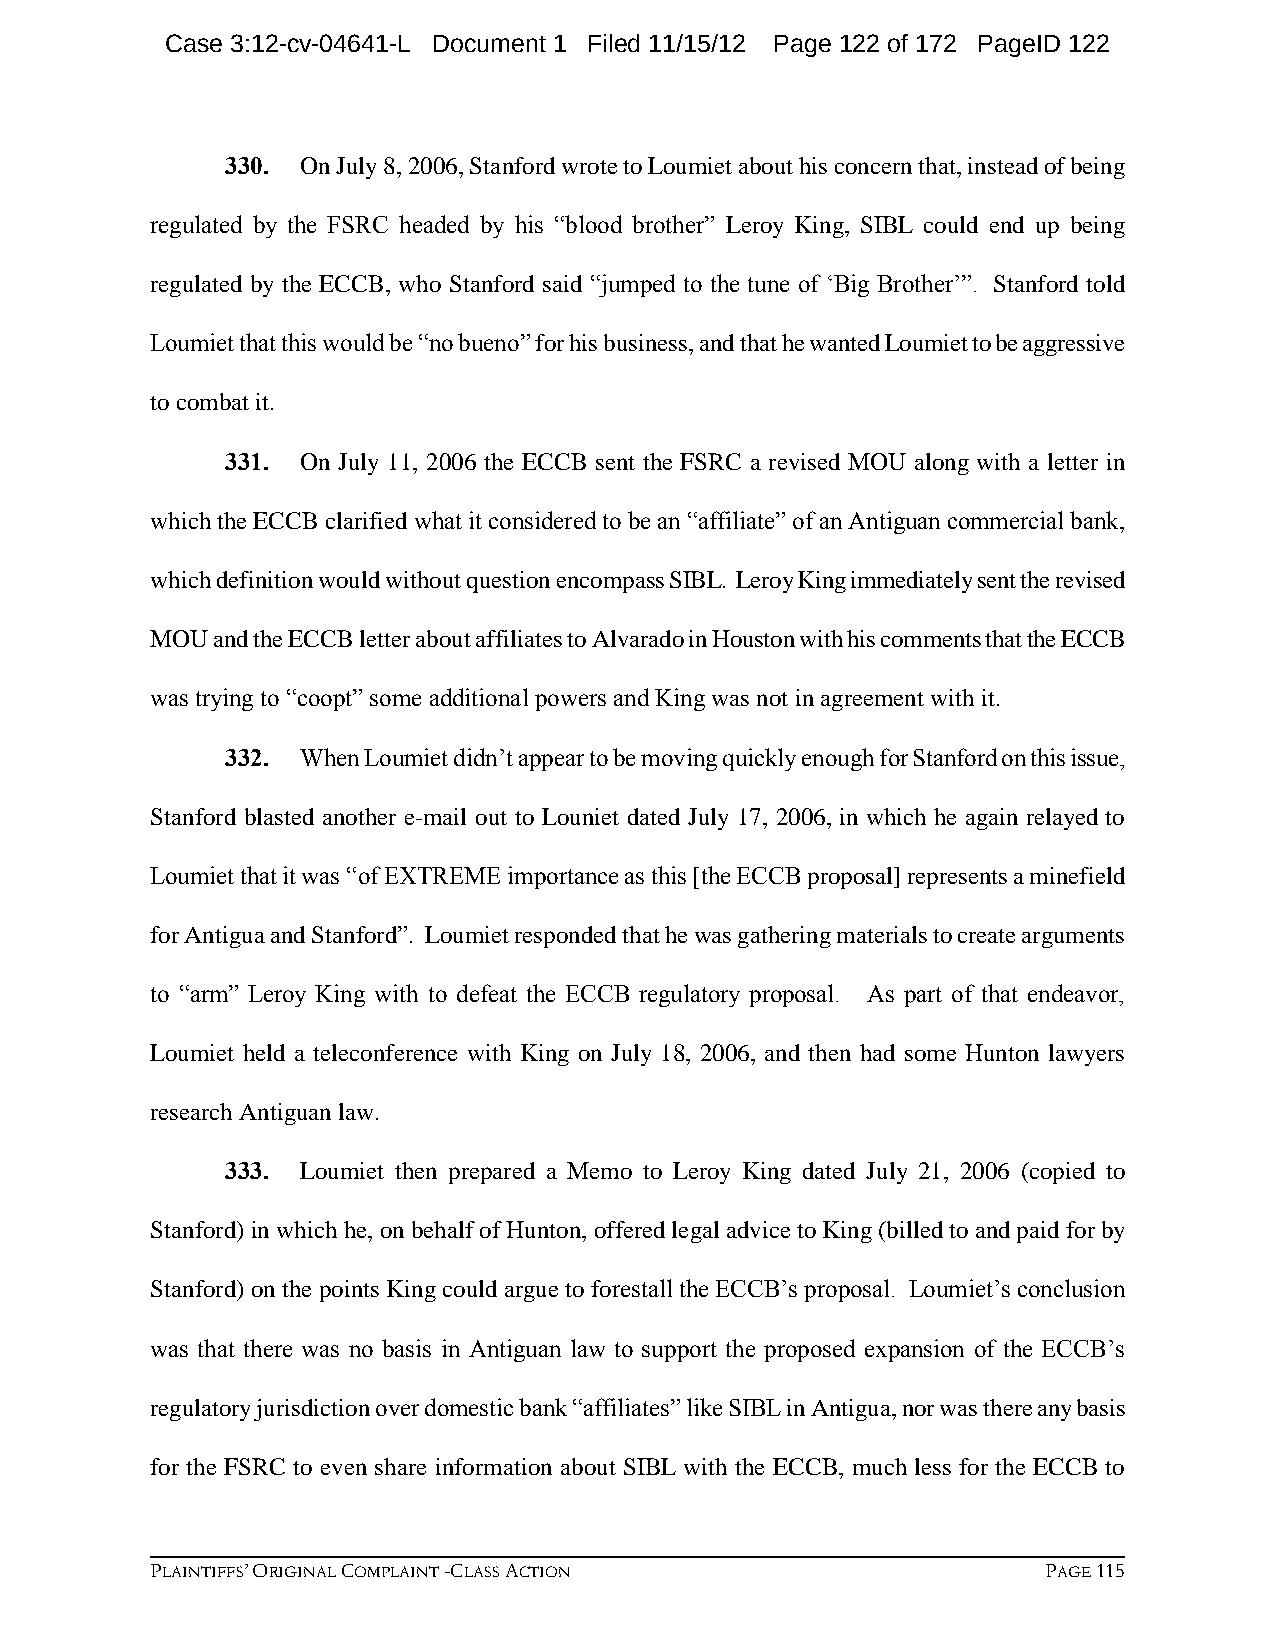
Case 3:12-cv-04641-L Document 1 Filed 11/15/12 Page 122 of 172 PageID 122
 330. On July 8, 2006, Stanford wrote to Loumiet about his concern that, instead of being
 regulated by the FSRC headed by his “blood brother” Leroy King, SIBL could end up being
 regulated by the ECCB, who Stanford said “jumped to the tune of ‘Big Brother’”. Stanford told
 Loumiet that this would be “no bueno” for his business, and that he wanted Loumiet to be aggressive
 to combat it.
 331. On July 11, 2006 the ECCB sent the FSRC a revised MOU along with a letter in
 which the ECCB clarified what it considered to be an “affiliate” of an Antiguan commercial bank,
 which definition would without question encompass SIBL. Leroy King immediately sent the revised
 MOU and the ECCB letter about affiliates to Alvarado in Houston with his comments that the ECCB
 was trying to “coopt” some additional powers and King was not in agreement with it.
 332. When Loumiet didn’t appear to be moving quickly enough for Stanford on this issue,
 Stanford blasted another e-mail out to Louniet dated July 17, 2006, in which he again relayed to
 Loumiet that it was “of EXTREME importance as this [the ECCB proposal] represents a minefield
 for Antigua and Stanford”. Loumiet responded that he was gathering materials to create arguments
 to “arm” Leroy King with to defeat the ECCB regulatory proposal. As part of that endeavor,
 Loumiet held a teleconference with King on July 18, 2006, and then had some Hunton lawyers
 research Antiguan law.
 333. Loumiet then prepared a Memo to Leroy King dated July 21, 2006 (copied to
 Stanford) in which he, on behalf of Hunton, offered legal advice to King (billed to and paid for by
 Stanford) on the points King could argue to forestall the ECCB’s proposal. Loumiet’s conclusion
 was that there was no basis in Antiguan law to support the proposed expansion of the ECCB’s
 regulatory jurisdiction over domestic bank “affiliates” like SIBL in Antigua, nor was there any basis
 for the FSRC to even share information about SIBL with the ECCB, much less for the ECCB to
 PLAINTIFFS’ ORIGINAL COMPLAINT -CLASS ACTION               PAGE 115